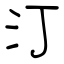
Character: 汀